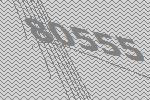
80555